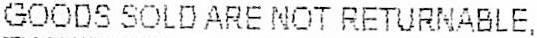
GOODS SOLD ARE NOT RETURNABLE,